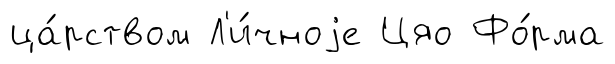
ца́рством Л'и́чноjе Цяо Фо́рма